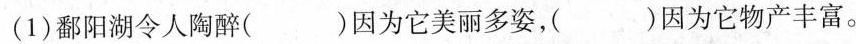
(1)鄱阳湖令人陶醉()因为它美丽多姿，()因为它物产丰富。